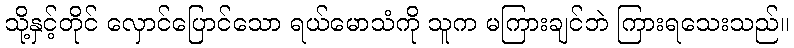
သို့နှင့်တိုင် လှောင်ပြောင်သော ရယ်မောသံကို သူက မကြားချင်ဘဲ ကြားရသေးသည်။